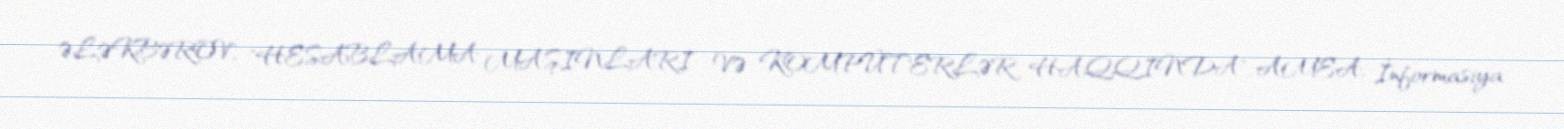
ƏLƏKBƏROV, "HESABLAMA MAŞINLARI VƏ KOMPÜTERLƏR HAQQINDA", AMEA, İnformasiya